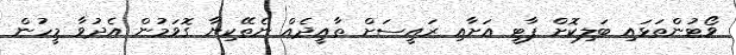
ވޯޓުންތަޅައި ބަލިކޮށް ޕާޓީ އަށާއި ރައީސަށް ތާއީދެއް ނެތޭކިޔާ ގޮވަމުން އެދުވާ މީހުން